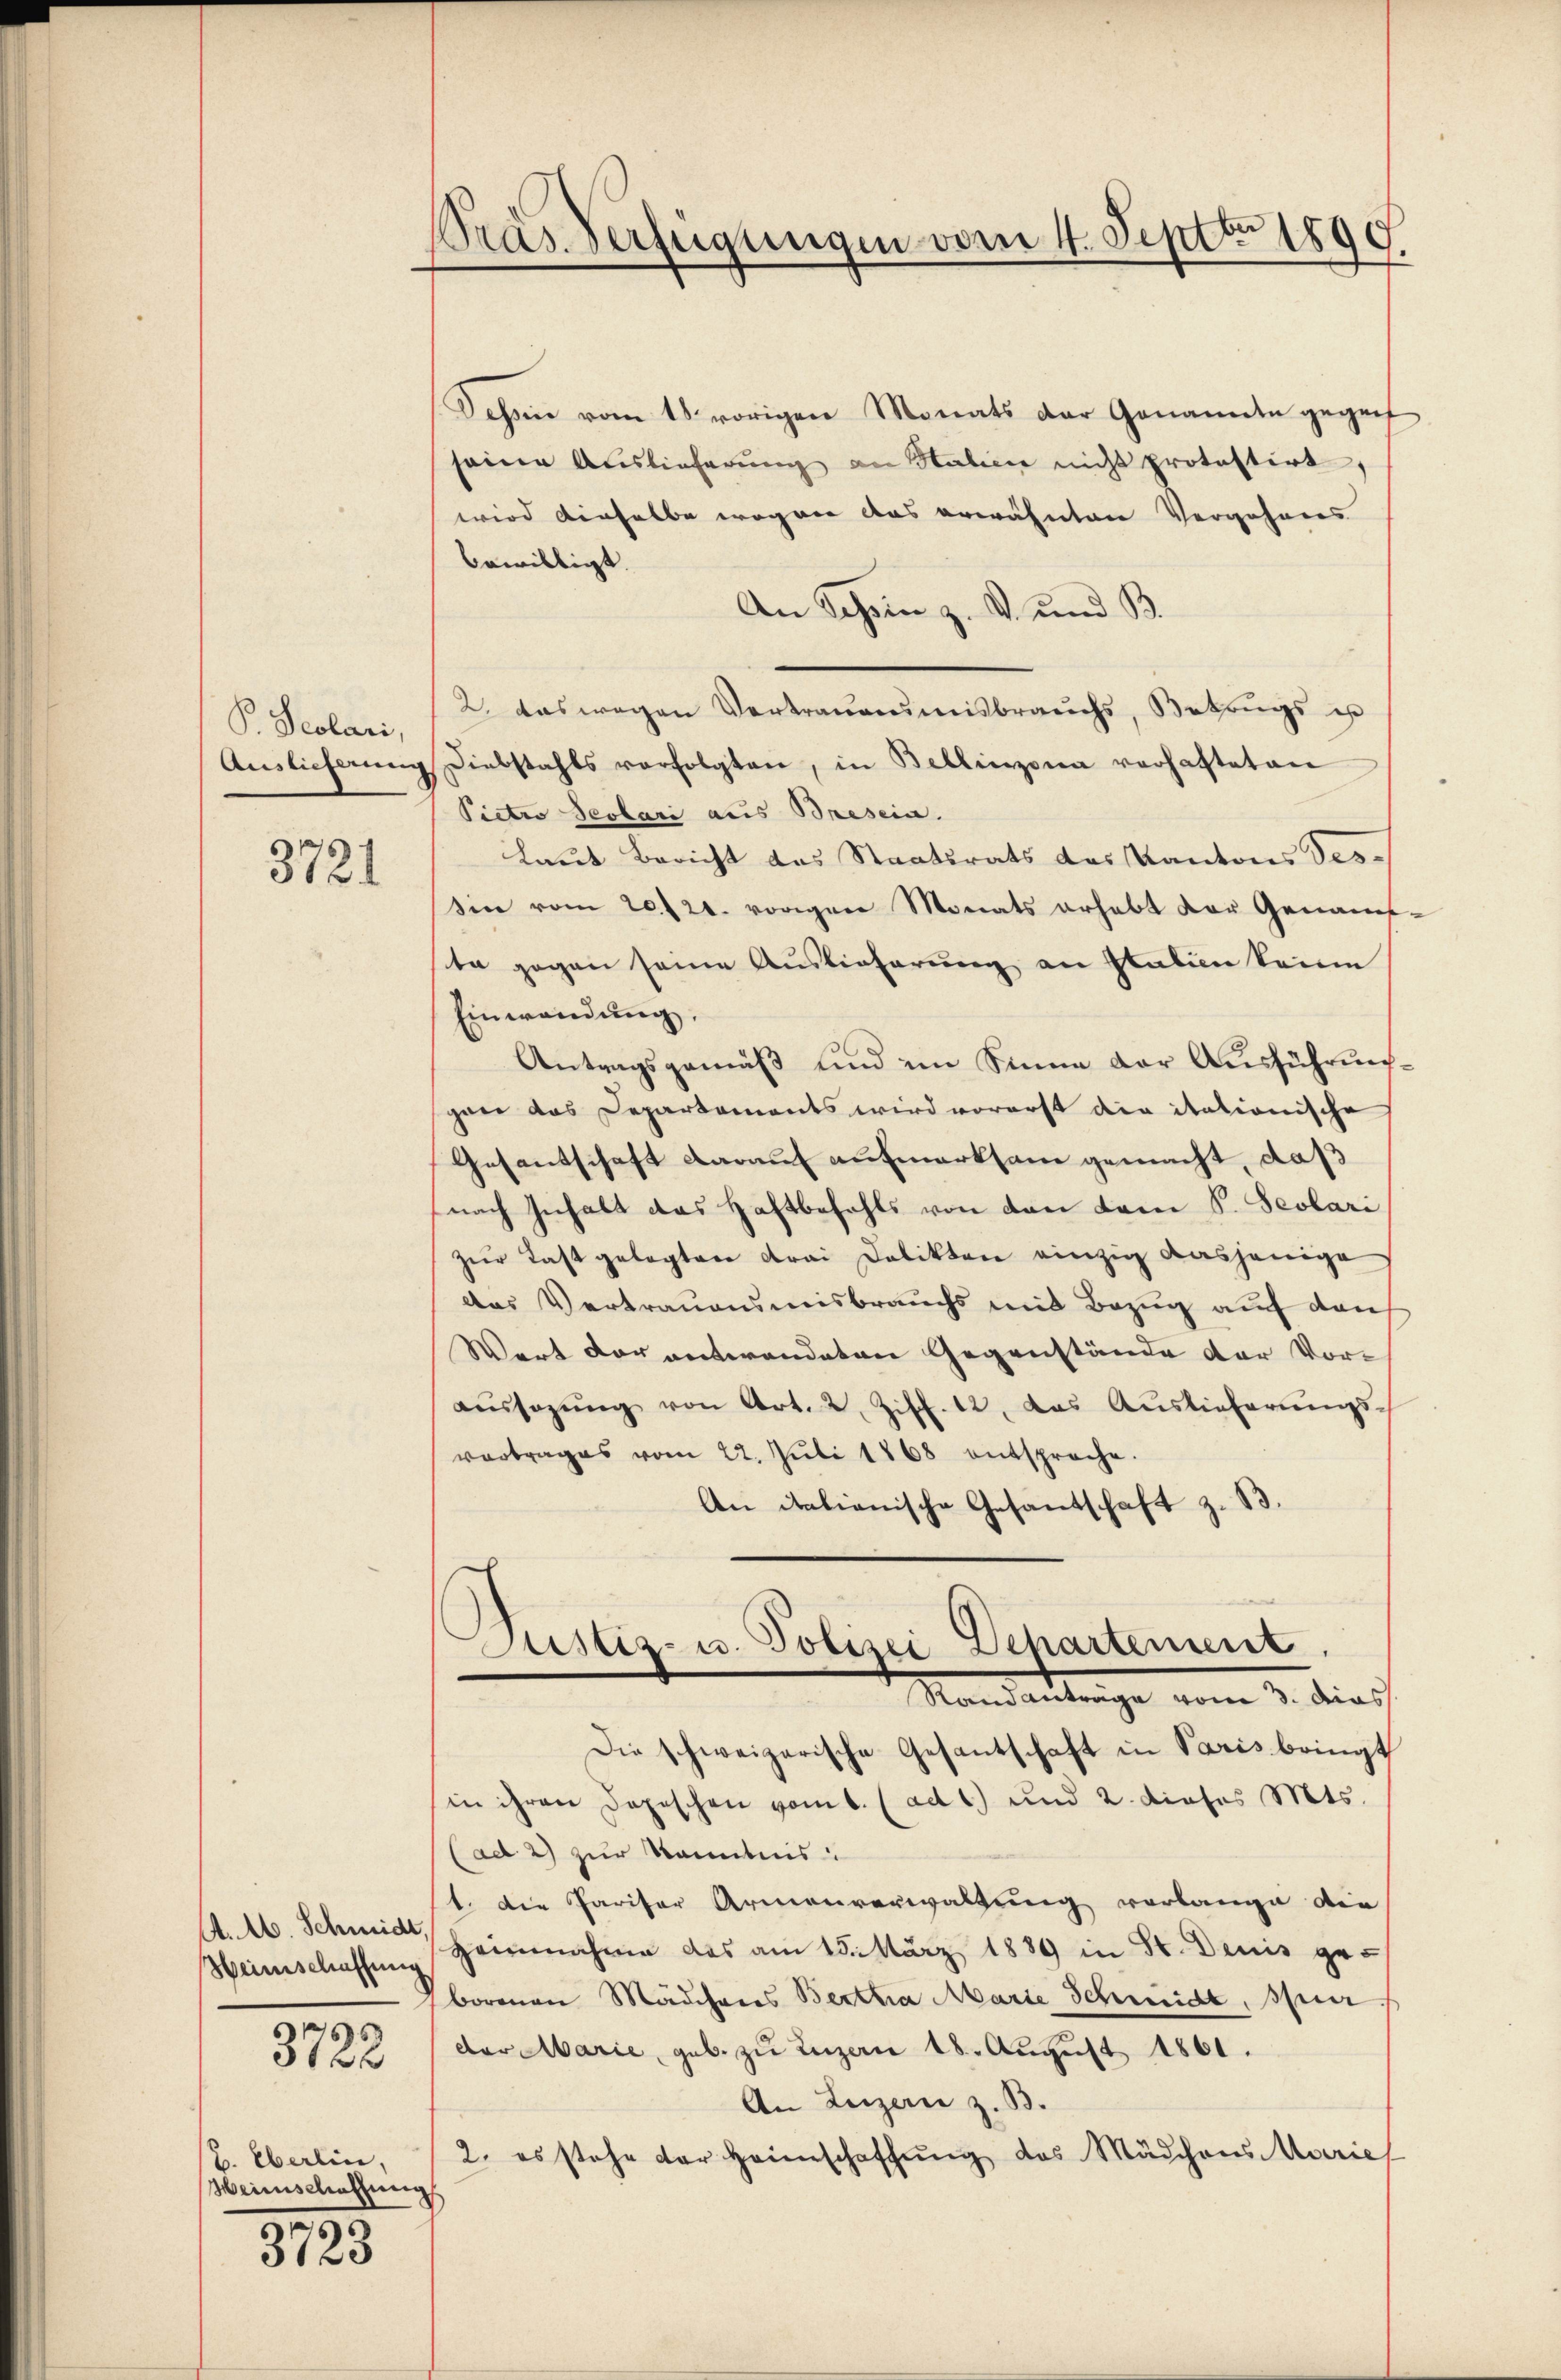
P. Scolari,

3721

A. A. Schmidt,
Heimschaffung

3723

B. Eberlin,
Heinschatzung

3723

Pras Verfügungen vom 4. Septbr 1890

Tessin vom 18. vorigen Monats der Genannte gegenf
seine Auslieferŭng an Stalien nicht protestirt,
wird dieselbe wegen das erwähnten Vergehens
bewilligt.
An Schein z. V. und B
2. Das wegen Vertrauensmisbrauchs, Betrugs es
Auslieferŭng Diebstahls verfolgten, in Bellinzona verhafteten
Pietro Sebbari aus Bresein.
Laut Bericht das Staatsrats das Kantons Tes-
sin vom 20./20. vorigen Monats erhebt der Genaus-
te gegen seine Auslieferung an Stalien keine
Einwendung,
Antragsgemäß und im Sinne der Ausführungan das Departements wird vorerst die italionische
Gesantschaft darauf aufmerksam gemacht, daß
nach Inhalt das Haftbefehls von den Lami S. Sevlari
zur Last gelegten drei Delikten einzig dasjenige
das Vertrauensmisbrauchs mit Bezug auf dan
Wert der entwendeten Gegenstände der Voraŭssagŭng von Art. 2. Ziff. 12. das Auslieferŭngs-
vertrages vom 22. Jŭli 1868 entspreche.
An italienische Gesandschaft z. B.

Justiz- u. Polizei Departement
Mandantenge vom 2. dies

Die schweizerische Gesantschaft in Paris bringt
in ihren Depeschen vom 1. (ad 1) und 2. dieses Mts.
(ad 2) zur Kenntnis
1. Die Pariser Armenverwaltung vorlange die
Heinnahme das am 15. März 1889 in St. Denis geborenen Mädchenes Bertha Marie Schmidt, sper
der Marie, geb. zu Luzern 18. August 1861.
An Luzern z. B.
2. es stehe der Heimschaffŭng des Mädchens Marie